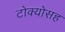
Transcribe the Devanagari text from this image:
टोक्योसह